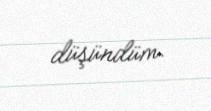
düşündüm.